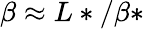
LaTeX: \beta\approx L*/\beta*